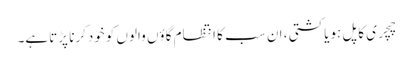
چچری کاپل ہویاکشتی ، ان سب کا انتظام گاؤں والوں کوخودکرنا پڑتاہے۔